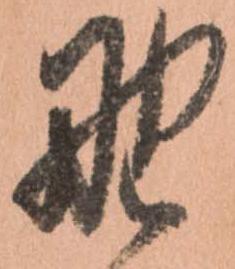
野